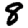
Digit: 8